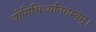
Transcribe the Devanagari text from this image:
योगिभिर्ध्यानगम्यम्।